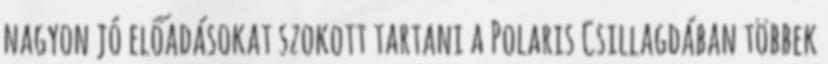
nagyon jó előadásokat szokott tartani a Polaris Csillagdában többek